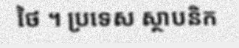
ថៃ ។ ប្រទេស ស្ថាបនិក